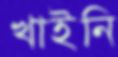
খাইনি